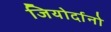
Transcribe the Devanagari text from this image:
जियोर्दानो